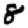
Digit: 8